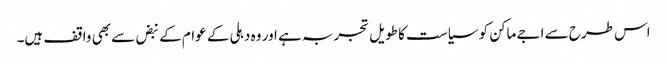
اس طرح سے اجے ماکن کو سیاست کا طویل تجربہ ہے اور وہ دہلی کے عوام کے نبض سے بھی واقف ہیں۔